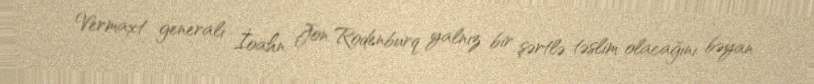
Vermaxt generalı İoahn Jon Rodenburq yalnız bir şərtlə təslim olacağını bəyan